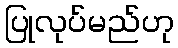
ပြုလုပ်မည်ဟု